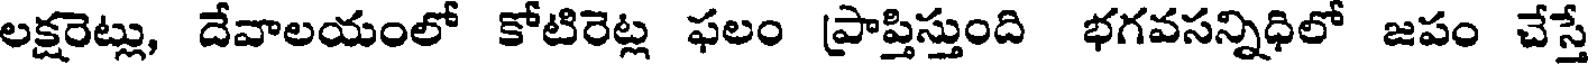
లక్షరెట్లు, దేవాలయంలో కోటిరెట్ల ఫలం ప్రాప్తిస్తుంది భగవసన్నిధిలో జపం చేస్తే